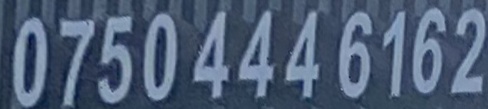
0750 444 6162